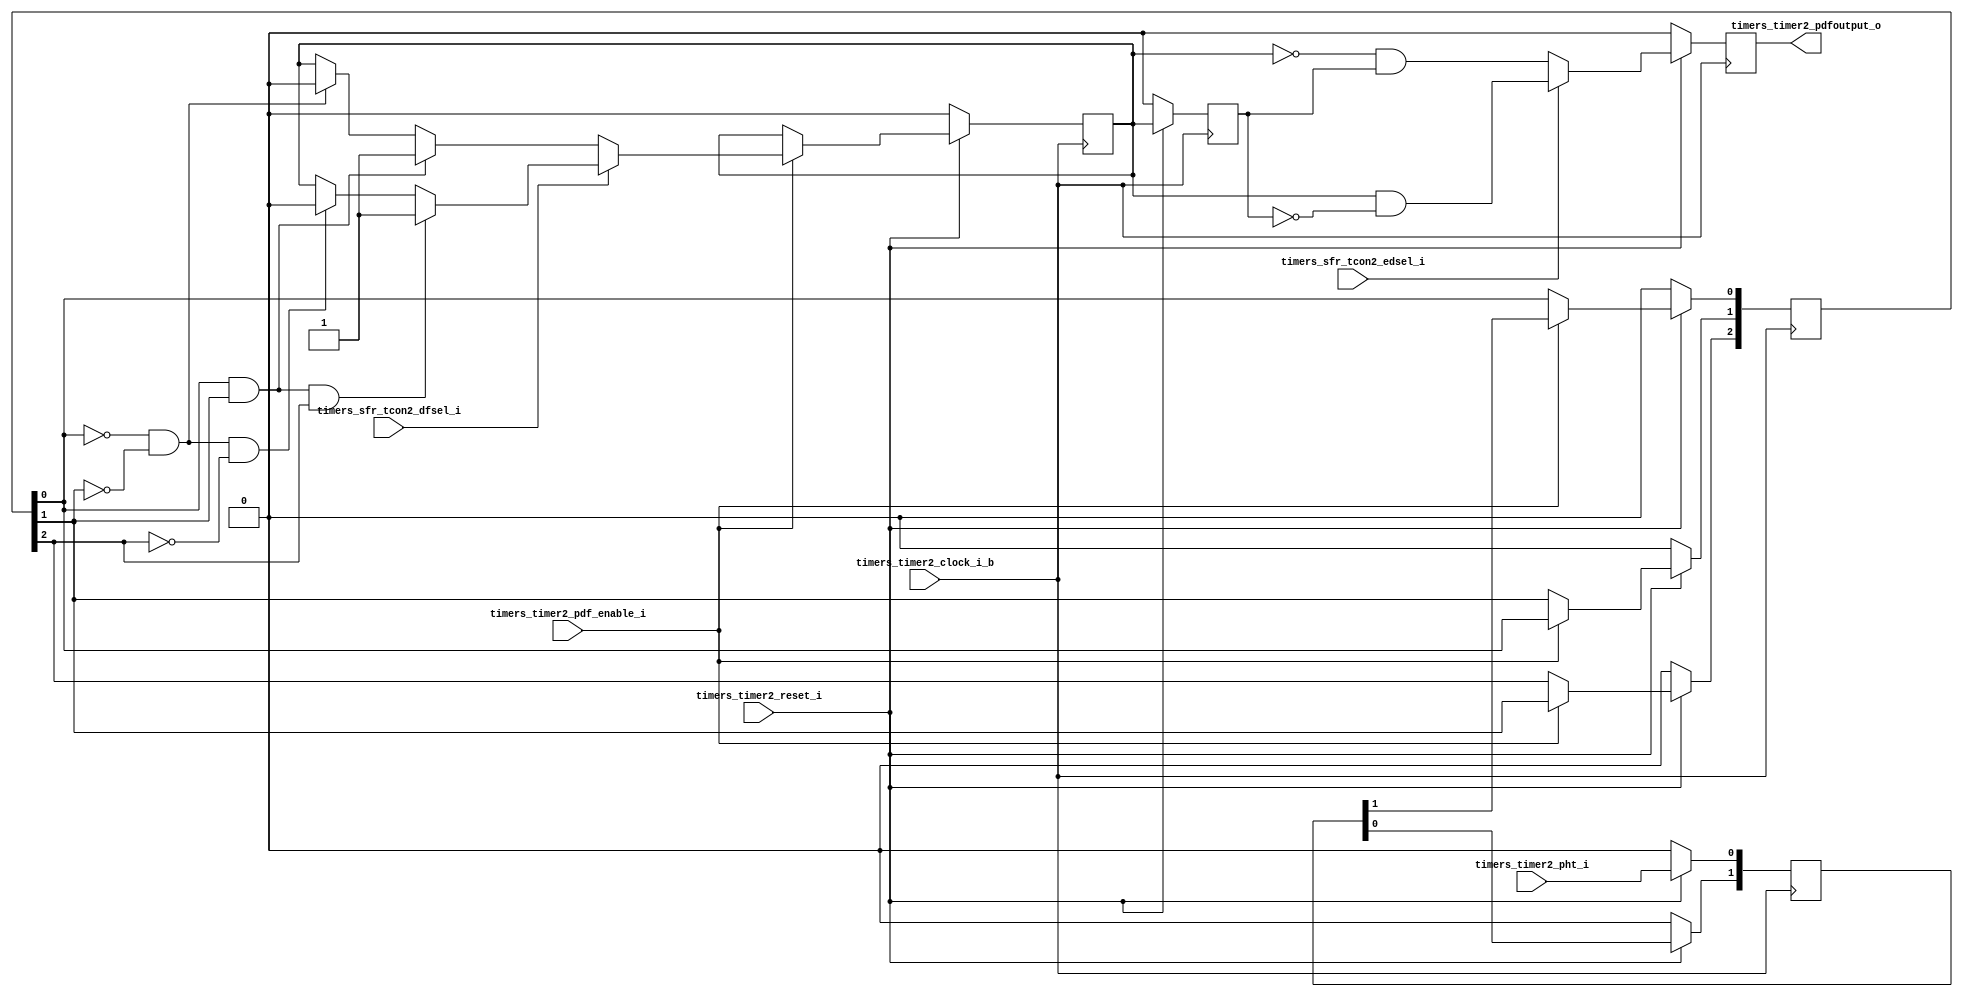
module timers_timer2_pdf (
                           timers_timer2_pdf_enable_i ,
                           timers_timer2_clock_i_b    ,
                           timers_timer2_pht_i        ,
                           timers_timer2_reset_i      ,
                           timers_sfr_tcon2_dfsel_i   ,
                           timers_sfr_tcon2_edsel_i   ,
                           
                           timers_timer2_pdfoutput_o
                        );  
                     
   input   timers_timer2_pdf_enable_i   ;
   input   timers_timer2_clock_i_b      ;
   input   timers_timer2_pht_i          ;
   input   timers_timer2_reset_i        ;
   input   timers_sfr_tcon2_dfsel_i     ;
   input   timers_sfr_tcon2_edsel_i     ;
      
   output reg timers_timer2_pdfoutput_o ;

//------------------------------------------------------------------------------



// ----------------- INTERNAL REGISTERS ----------------------------------------                  

   reg   [1:0] ff_sync     ;
   reg   [2:0] pdf_2sample ;
   reg         pdf_out     ,
               q_flop      ;

//------------------------------------------------------------------------------



// ----------------- SYNC BLOCK ------------------------------------------------                  

always @(posedge timers_timer2_clock_i_b)
begin
   if (!timers_timer2_reset_i)
      ff_sync <= 2'b00 ;
   else
   begin   
      ff_sync[0] <= timers_timer2_pht_i ; // signal shift by two flip-flops
      ff_sync[1] <= ff_sync[0]          ;
   end
end

//------------------------------------------------------------------------------


// ---------------------------- SAMPLES OF PDF ---------------------------------

always @(posedge timers_timer2_clock_i_b)
begin
   if (!timers_timer2_reset_i)
      pdf_2sample <= 3'b000  ;
   else
   begin   
      if(timers_timer2_pdf_enable_i)
         begin
            pdf_2sample[0] <= ff_sync[1]     ;
            pdf_2sample[1] <= pdf_2sample[0] ;
            pdf_2sample[2] <= pdf_2sample[1] ;
         end // if(timers_timer2_pdf_enable_i)
   end 
end
// -----------------------------------------------------------------------------                  



// ------------------------- VALIDATE SAMPLES ----------------------------------

always @(posedge timers_timer2_clock_i_b)
begin
   if (!timers_timer2_reset_i)
      pdf_out <= 1'b0 ;
   else
   begin
      if ( timers_timer2_pdf_enable_i )
         begin
            if ( timers_sfr_tcon2_dfsel_i )
               begin
                  if ( pdf_2sample[0] && pdf_2sample[1] && pdf_2sample[2] )
                     pdf_out <= 1'b1 ;
                  
                  else
                  begin
                     if ( !pdf_2sample[0] && !pdf_2sample[1] && !pdf_2sample[2] )
                        pdf_out <= 1'b0;
                        
                  end
               end
            else
            begin
               if ( pdf_2sample[0] && pdf_2sample[1] )
                  pdf_out <= 1'b1;
               else
               begin
                  if ( !pdf_2sample[0] && !pdf_2sample[1] )
                     pdf_out <= 1'b0;
               end
            end // else if ( timers_sfr_tcon2_dfsel_i )
         end // if ( timers_timer2_pdf_enable_i )
   end // else if (!timers_timer2_reset_i)
end

// -----------------------------------------------------------------------------                  



// --------------------------- EDGE DETECTOR------------------------------------

always @( posedge timers_timer2_clock_i_b )
begin
   if (!timers_timer2_reset_i)
      begin
         q_flop                      <= 1'b0 ; // output flop
         timers_timer2_pdfoutput_o   <= 1'b0 ; // rise detector
      end
   else
   begin
      q_flop <= pdf_out ; // output flop
      
      if ( timers_sfr_tcon2_edsel_i )
         timers_timer2_pdfoutput_o   <= pdf_out & ~q_flop ; // rise detector
      else
         timers_timer2_pdfoutput_o   <= ~pdf_out & q_flop ; // fall detector
  
  end
end

// -----------------------------------------------------------------------------                  

endmodule